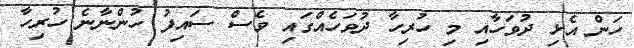
ހަން އެޅި ދުވަހާއި މި ހުރިހާ ދުވަހެއްގައި ވެސް ސައިފު ހުންނާނެ ހުރިހާ